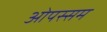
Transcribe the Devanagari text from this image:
ओपस्सम